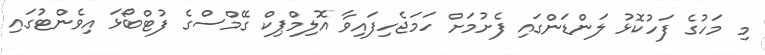
މި މަހުގެ ފަހުކޮޅު ލަންޑަންގައި ފެށުމަށް ހަމަޖެހިފައިވާ އޮލިމްޕިކް ގޭމްސްގެ ފުޓްބޯޅަ އިވެންޓުގައި